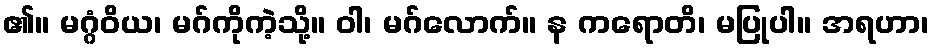
၏။ မဂ္ဂံဝိယ၊ မဂ်ကိုကဲ့သို့။ ဝါ၊ မဂ်လောက်။ န ကရောတိ၊ မပြုပါ။ အရဟာ၊